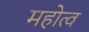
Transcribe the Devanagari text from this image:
महोत्व